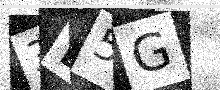
Text: 3D5G